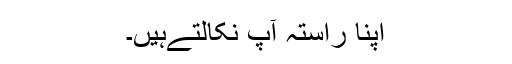
اپنا راستہ آپ نکالتےہیں۔